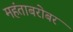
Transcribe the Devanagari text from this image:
महंताबरोबर